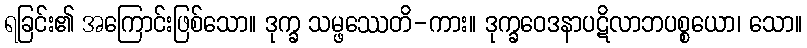
ရခြင်း၏ အကြောင်းဖြစ်သော။ ဒုက္ခ သမ္ဖဿေတိ-ကား။ ဒုက္ခဝေဒနာပဋိလာဘပစ္စယော၊ သော။